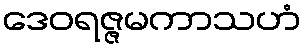
ဒေဝရဇ္ဇမကာသဟံ